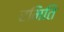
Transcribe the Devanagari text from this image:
रमिति